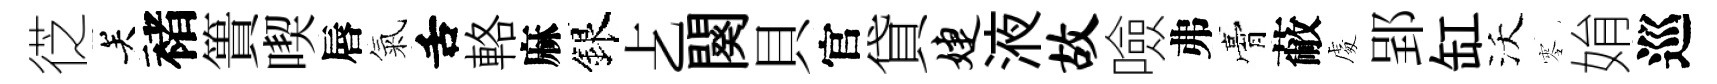
徔关褚簣喫唇氣舌輅麻銀𠧒闋貝官貸婕液故噞弗膏蔽䖏郢缸沃零姢巡